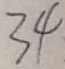
3 4